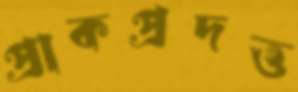
প্রাকপ্রদত্ত